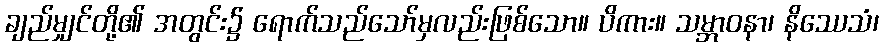
ချည်မျှင်တို့၏ အတွင်း၌ ရောက်သည်သော်မှလည်းဖြစ်သော။ ပိကား။ သမ္ဘာဝနာ၊ နိဿေသံ၊